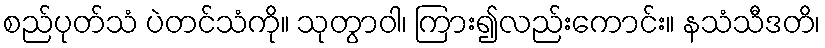
စည်ပုတ်သံ ပဲတင်သံကို။ သုတွာဝါ၊ ကြား၍လည်းကောင်း။ နသံသီဒတိ၊